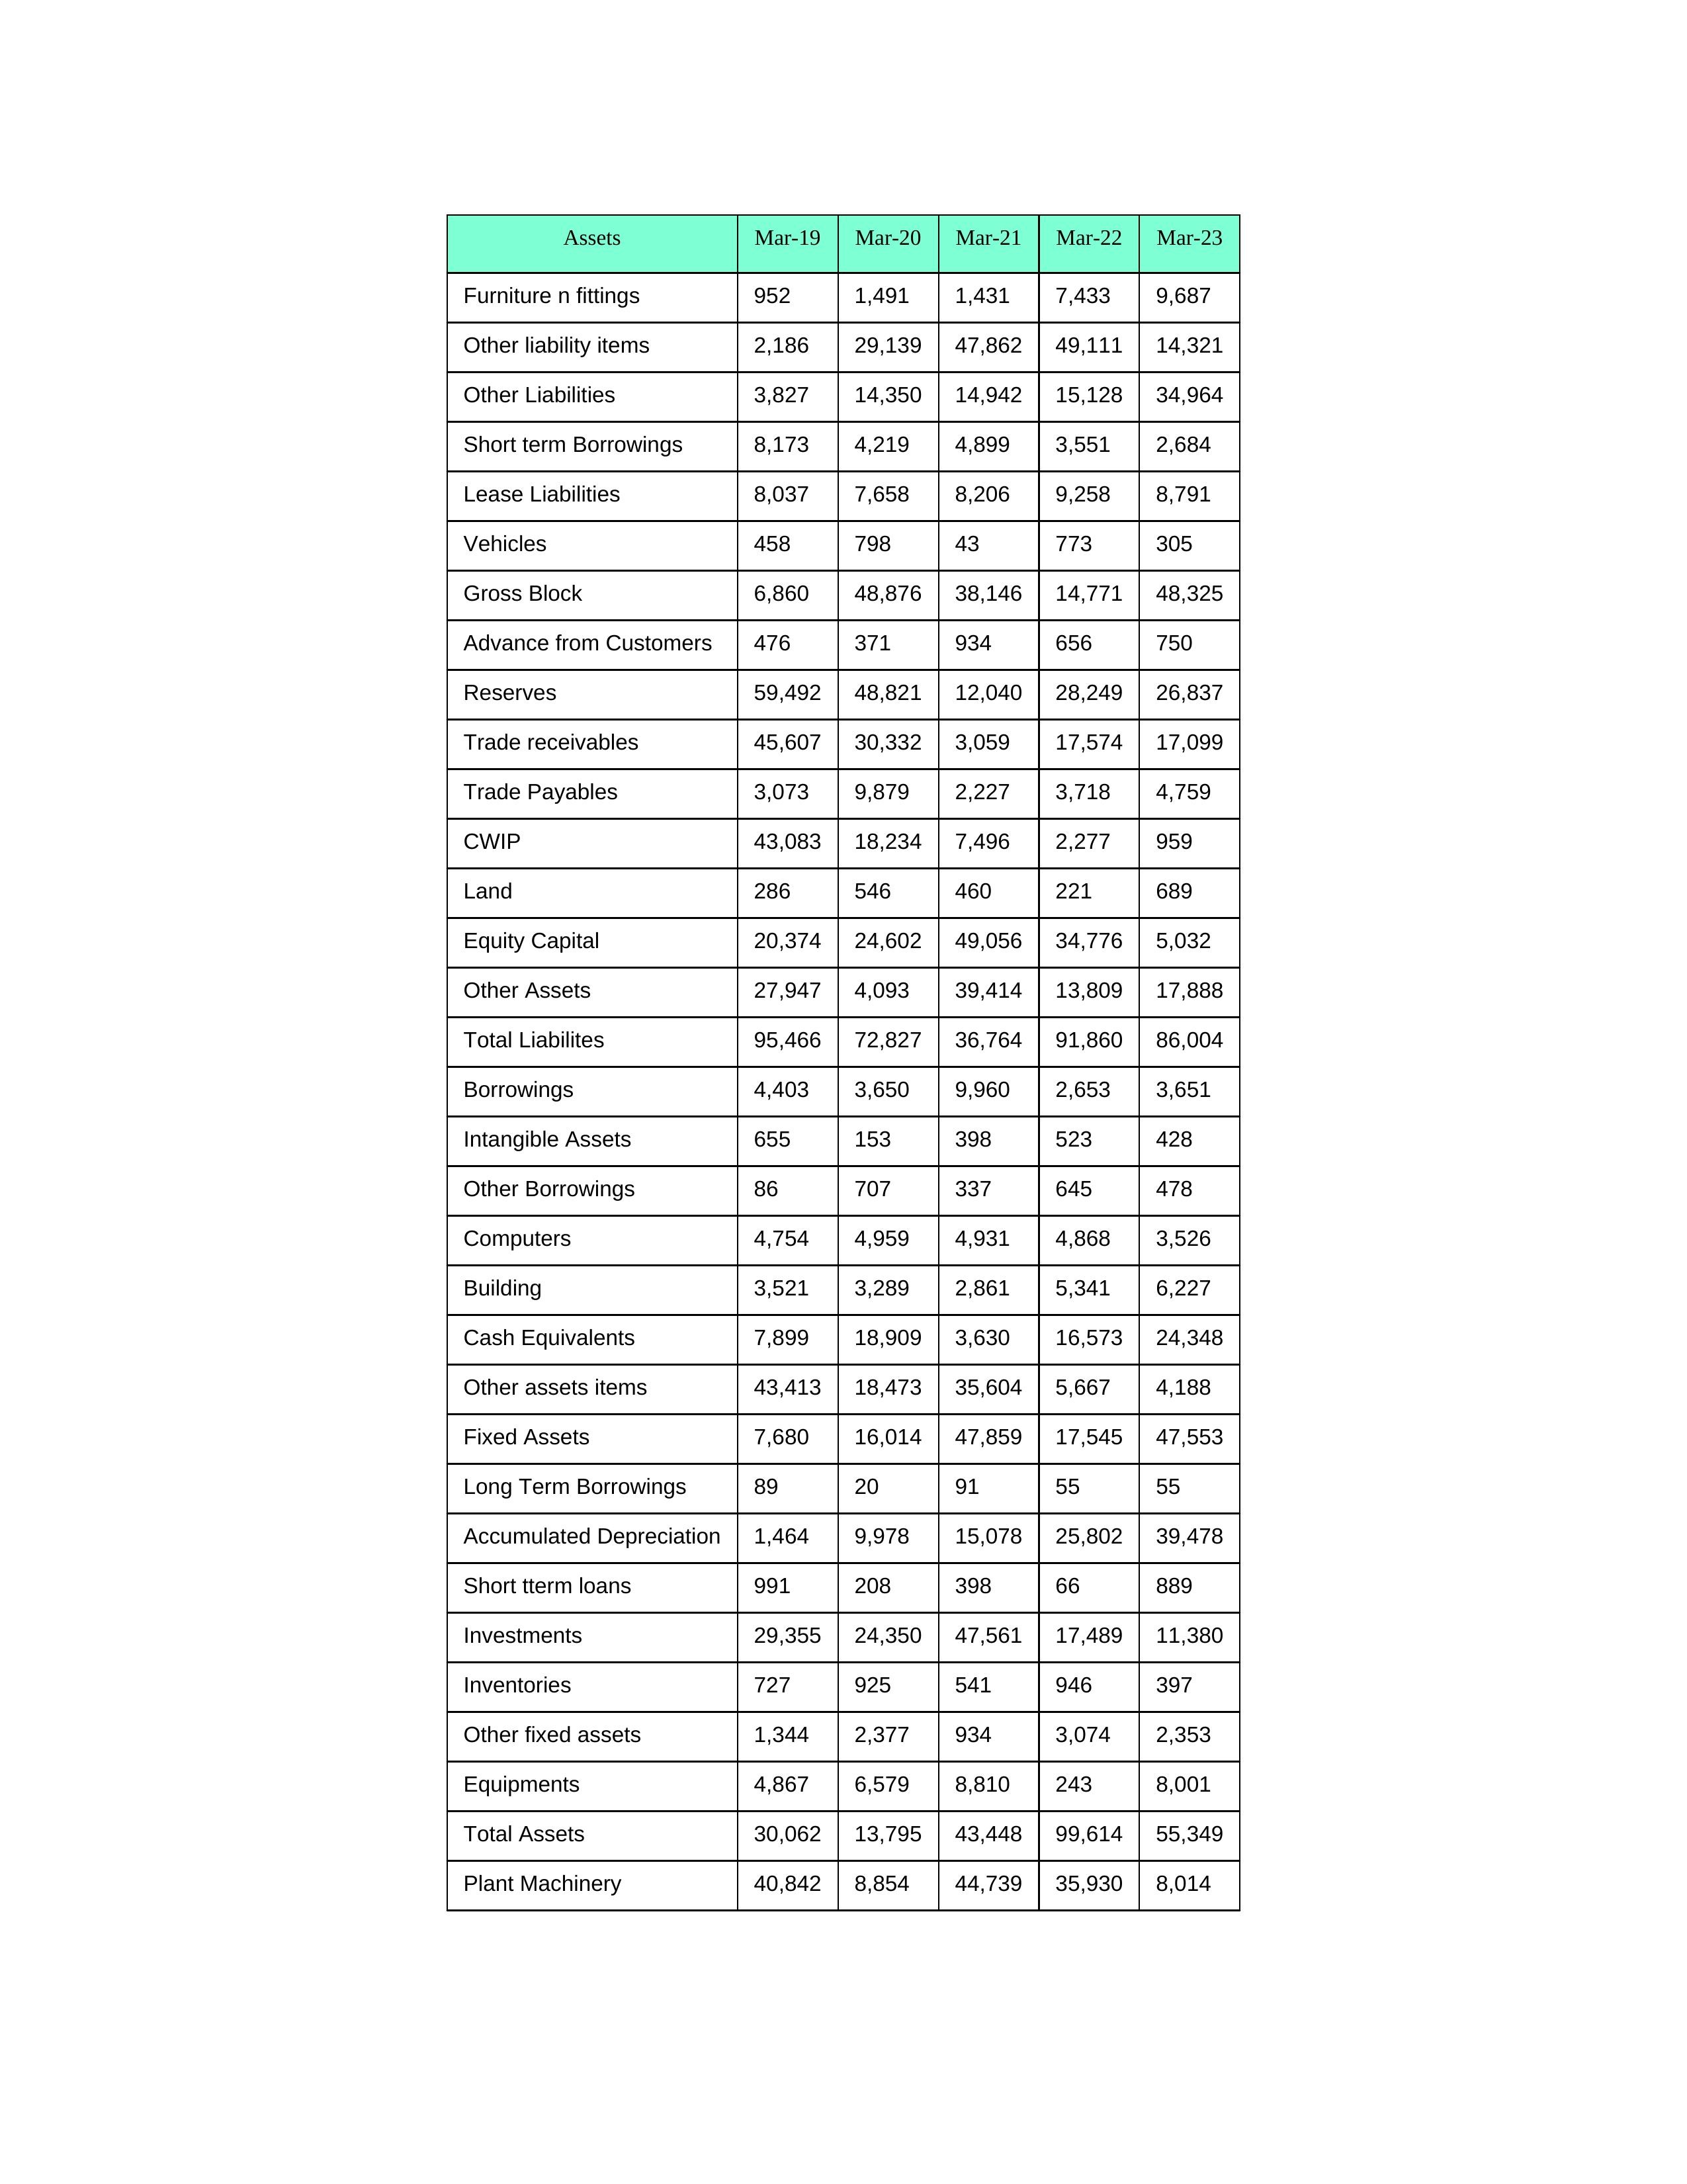
gt_parse: Mar-19: Equity Capital: 20,374
Reserves: 59,492
Borrowings: 4,403
Long Term Borrowings: 89
Short term Borrowings: 8,173
Lease Liabilities: 8,037
Other Borrowings: 86
Other Liabilities: 3,827
Trade Payables: 3,073
Advance from Customers: 476
Other liability items: 2,186
Total Liabilites: 95,466
Fixed Assets: 7,680
Land: 286
Building: 3,521
Plant Machinery: 40,842
Equipments: 4,867
Computers: 4,754
Furniture n fittings: 952
Vehicles: 458
Intangible Assets: 655
Other fixed assets: 1,344
Gross Block: 6,860
Accumulated Depreciation: 1,464
CWIP: 43,083
Investments: 29,355
Other Assets: 27,947
Inventories: 727
Trade receivables: 45,607
Cash Equivalents: 7,899
Short tterm loans: 991
Other assets items: 43,413
Total Assets: 30,062
Mar-20: Equity Capital: 24,602
Reserves: 48,821
Borrowings: 3,650
Long Term Borrowings: 20
Short term Borrowings: 4,219
Lease Liabilities: 7,658
Other Borrowings: 707
Other Liabilities: 14,350
Trade Payables: 9,879
Advance from Customers: 371
Other liability items: 29,139
Total Liabilites: 72,827
Fixed Assets: 16,014
Land: 546
Building: 3,289
Plant Machinery: 8,854
Equipments: 6,579
Computers: 4,959
Furniture n fittings: 1,491
Vehicles: 798
Intangible Assets: 153
Other fixed assets: 2,377
Gross Block: 48,876
Accumulated Depreciation: 9,978
CWIP: 18,234
Investments: 24,350
Other Assets: 4,093
Inventories: 925
Trade receivables: 30,332
Cash Equivalents: 18,909
Short tterm loans: 208
Other assets items: 18,473
Total Assets: 13,795
Mar-21: Equity Capital: 49,056
Reserves: 12,040
Borrowings: 9,960
Long Term Borrowings: 91
Short term Borrowings: 4,899
Lease Liabilities: 8,206
Other Borrowings: 337
Other Liabilities: 14,942
Trade Payables: 2,227
Advance from Customers: 934
Other liability items: 47,862
Total Liabilites: 36,764
Fixed Assets: 47,859
Land: 460
Building: 2,861
Plant Machinery: 44,739
Equipments: 8,810
Computers: 4,931
Furniture n fittings: 1,431
Vehicles: 43
Intangible Assets: 398
Other fixed assets: 934
Gross Block: 38,146
Accumulated Depreciation: 15,078
CWIP: 7,496
Investments: 47,561
Other Assets: 39,414
Inventories: 541
Trade receivables: 3,059
Cash Equivalents: 3,630
Short tterm loans: 398
Other assets items: 35,604
Total Assets: 43,448
Mar-22: Equity Capital: 34,776
Reserves: 28,249
Borrowings: 2,653
Long Term Borrowings: 55
Short term Borrowings: 3,551
Lease Liabilities: 9,258
Other Borrowings: 645
Other Liabilities: 15,128
Trade Payables: 3,718
Advance from Customers: 656
Other liability items: 49,111
Total Liabilites: 91,860
Fixed Assets: 17,545
Land: 221
Building: 5,341
Plant Machinery: 35,930
Equipments: 243
Computers: 4,868
Furniture n fittings: 7,433
Vehicles: 773
Intangible Assets: 523
Other fixed assets: 3,074
Gross Block: 14,771
Accumulated Depreciation: 25,802
CWIP: 2,277
Investments: 17,489
Other Assets: 13,809
Inventories: 946
Trade receivables: 17,574
Cash Equivalents: 16,573
Short tterm loans: 66
Other assets items: 5,667
Total Assets: 99,614
Mar-23: Equity Capital: 5,032
Reserves: 26,837
Borrowings: 3,651
Long Term Borrowings: 55
Short term Borrowings: 2,684
Lease Liabilities: 8,791
Other Borrowings: 478
Other Liabilities: 34,964
Trade Payables: 4,759
Advance from Customers: 750
Other liability items: 14,321
Total Liabilites: 86,004
Fixed Assets: 47,553
Land: 689
Building: 6,227
Plant Machinery: 8,014
Equipments: 8,001
Computers: 3,526
Furniture n fittings: 9,687
Vehicles: 305
Intangible Assets: 428
Other fixed assets: 2,353
Gross Block: 48,325
Accumulated Depreciation: 39,478
CWIP: 959
Investments: 11,380
Other Assets: 17,888
Inventories: 397
Trade receivables: 17,099
Cash Equivalents: 24,348
Short tterm loans: 889
Other assets items: 4,188
Total Assets: 55,349